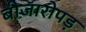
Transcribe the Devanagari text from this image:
बीजारोपड़